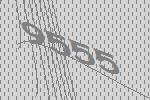
9555